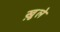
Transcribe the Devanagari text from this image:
ख़ुले